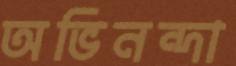
অভিনন্দা